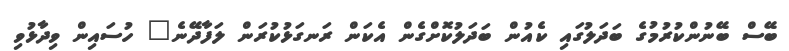
ބޭސް ބޭނުންކުރުމުގެ ބަދަލުގައި ކެއުން ބަދަލުކޮށްގެން އެކަން ރަނގަޅުކުރަން ލަފާދޭނެ" ހުސައިން ވިދާޅުވި